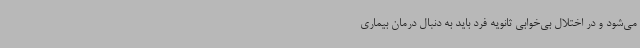
می‌شود و در اختلال بی‌خوابی ثانویه فرد باید به دنبال درمان بیماری